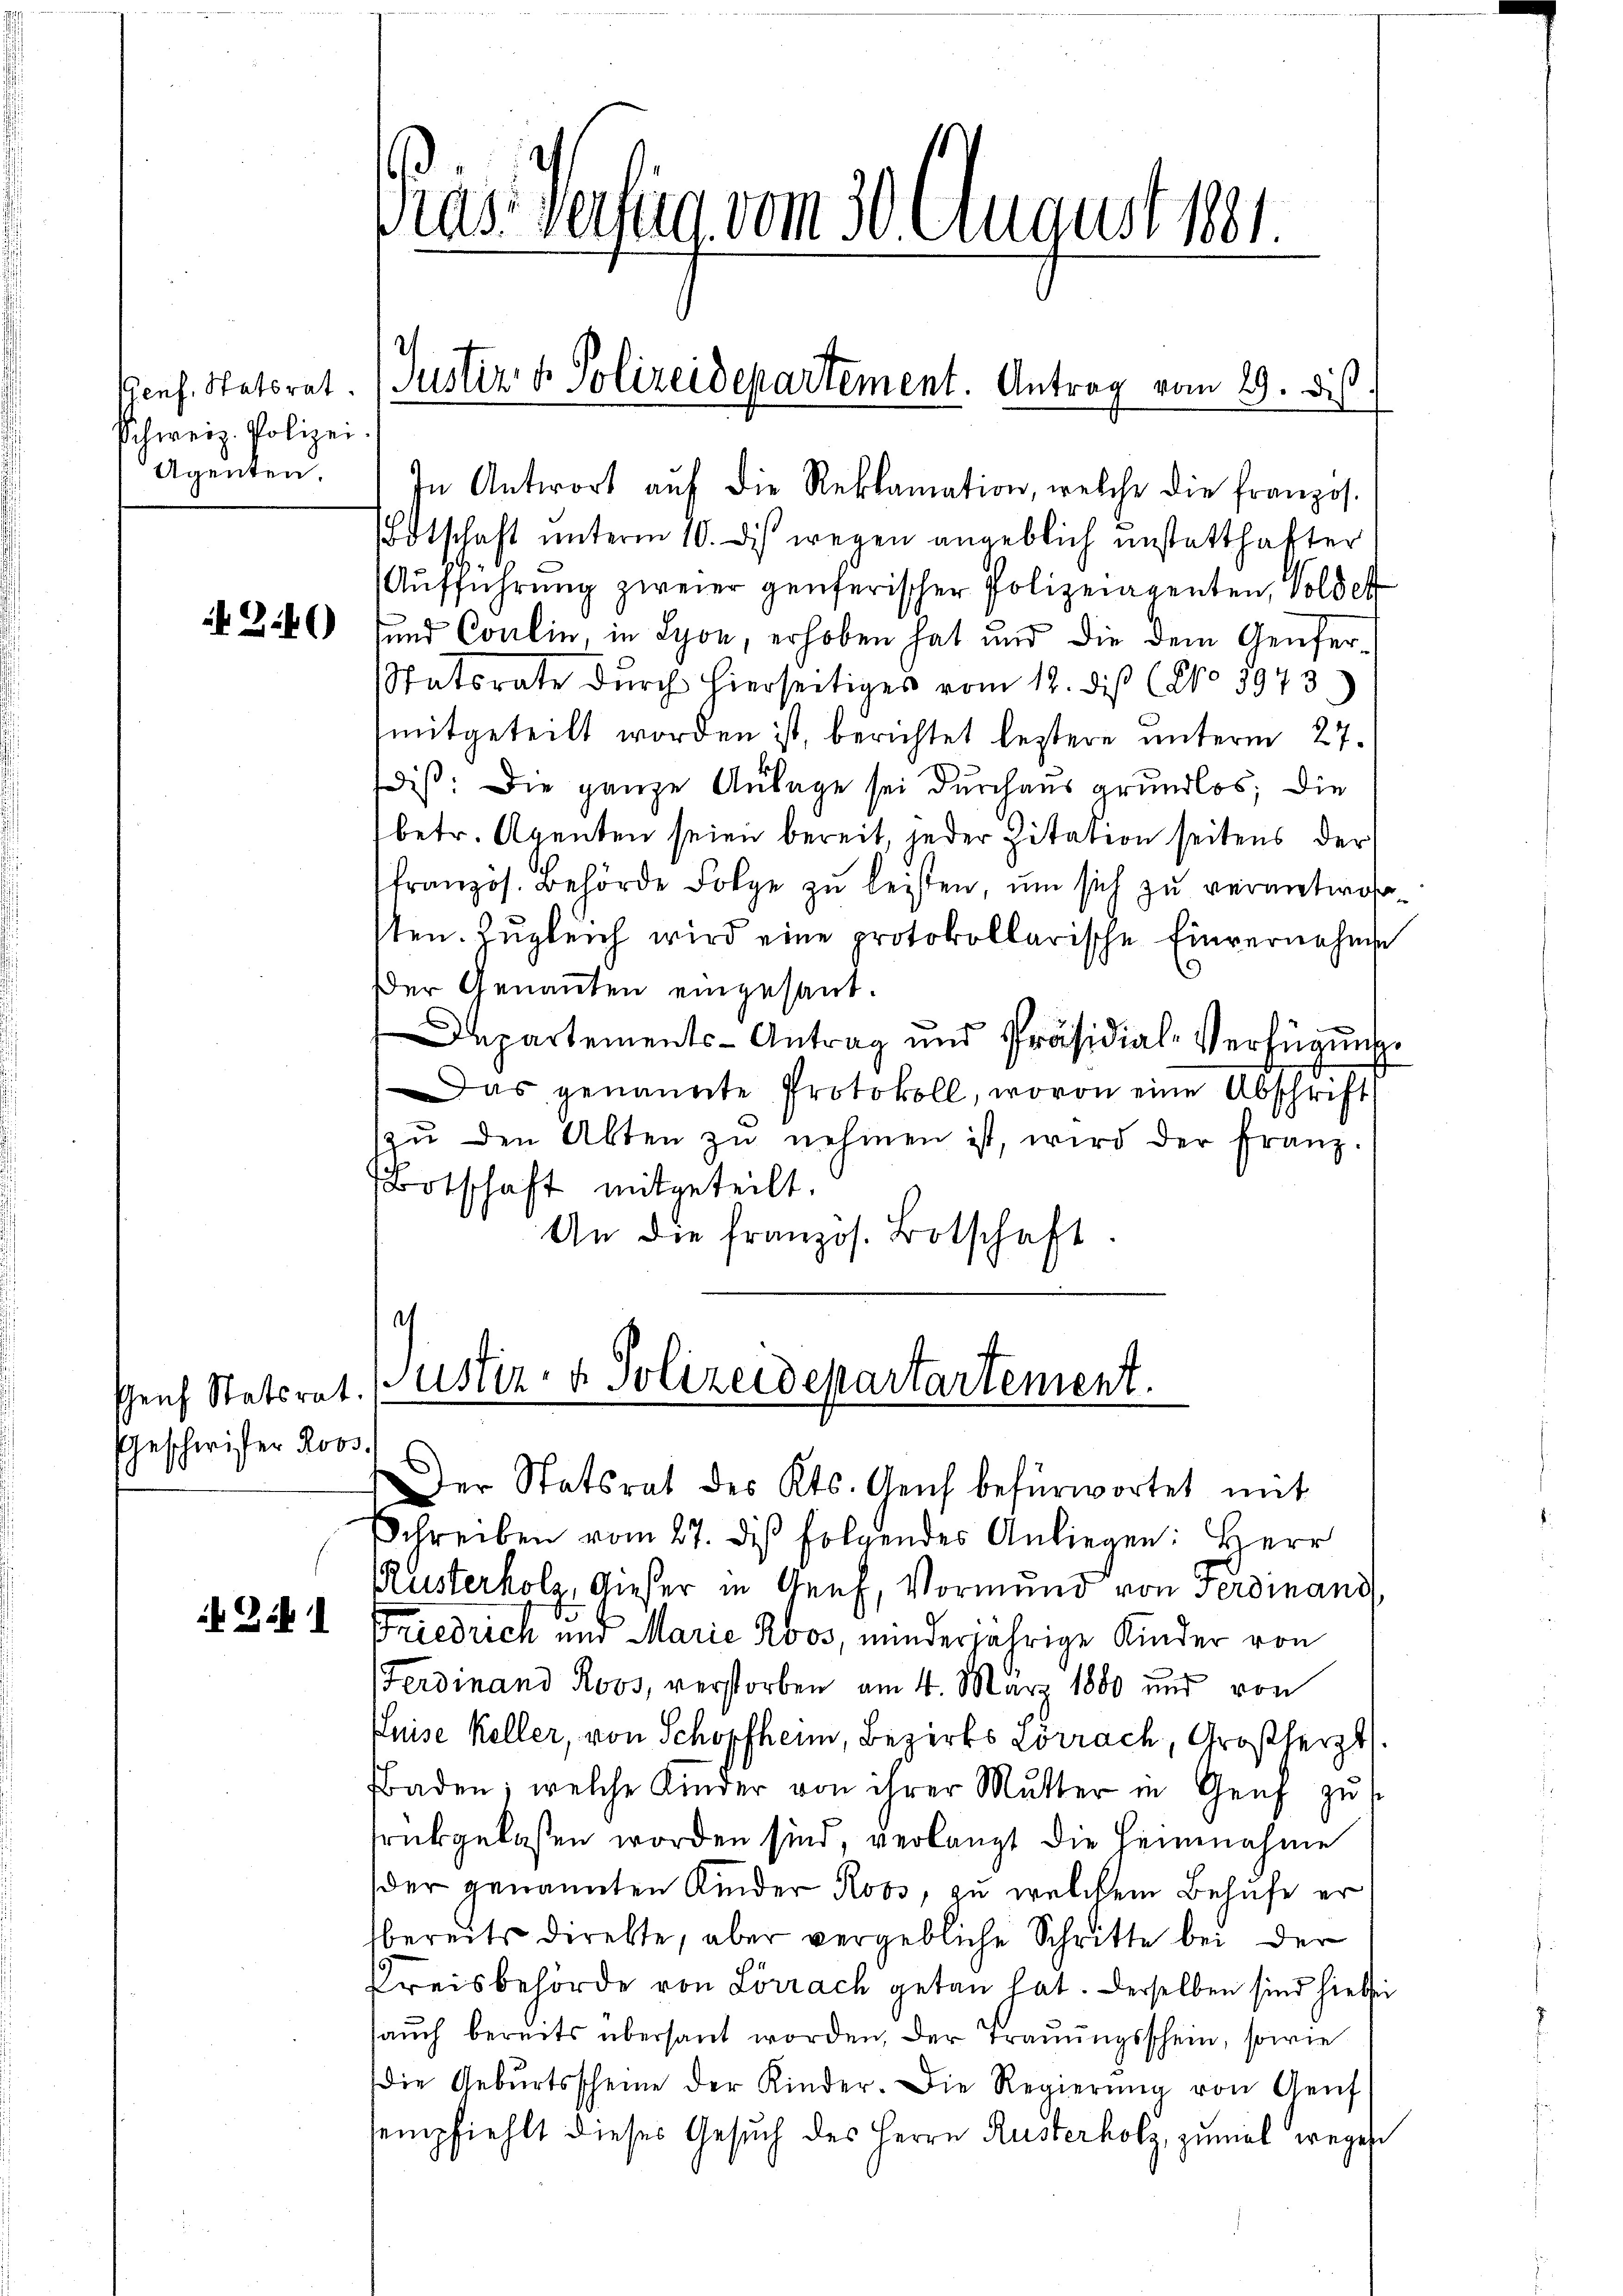
Genf. Statorat.
Schweiz. Polizei
Agenten.

2.)

Geschwister Roos.

Gib

Präs. Partin vom 30. August 181.

In Antwort aŭf die Reklamation, welche die franzos.
Odtschaft unterm 10. dis wegen angeblich unstatthafter
Aufführung zweier genferischer Polizeiagenten, soldet
und Coulin, in Lyon, erhoben hat und die dem Genfer¬
Spatsrate dŭrch hierseitiges vom 12. di (No 5973.)
mitgeteilt worden ist, berichtet leztere unterm 27.
dis: Die ganze Anlage sei durchaus grundlos; die
betr. Agenten seien bereit, jeder Citation seitens der
französ. Behörde Folge zŭ leisten, um sich zu verantwor
sten. Zugleich wird eine protokollarische Einvernahme
Der Genannten eingesant.
Departements-Antrag und Präsidial-Verfügung
Das genannte Protokoll, wovon eine Abschrift
zŭ den Abten zŭ nehmen ist, wird der franz.
Botschaft mitgeteilt.
An die französ. Botschaft.

Justiz & Polizeidepartement. Antrag vom 29. dis

¬
Genf Statsrat. (Ustiz- & Polizeidepartartement.

Der Statsrat des Kts. Reich befürwortet mit
Schreiben vom 27. dis folgendes Anliegen: Herr
Rusterholz, Gieser in Genf, Vormund von Ferdinand
Friedrich und Marie Roos, minderjährige Kinder von
Ferdinand Roos, verstorben am 4. März 1880 und von
Kuise Keller, von Schopfheim, Bezirks Lörrach, Großherzt
Baden, welche Kinder von ihrer Mutter in Genf zŭ s
srükgelassen worden sind, verlangt die Heinnahme
der genannten Kinder Roos, zu welchem Behufe er
bereits direkte, aber vergebliche Schritte bei der
Kreisbehörde von Lörrach getan hat. Derselben sind hiebei
aŭch bereits übersant worden, der Trauungsschein, sowie
Die Gebŭrtsscheine der Kinder. Die Regierŭng von Genf
sempfiehlt dieses Gesuch des Herrn Rusterholz, zumal wegen